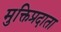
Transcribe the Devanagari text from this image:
मुक्तिप्रदाता